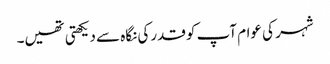
شہر کی عوام آپ کو قدرکی نگاہ سے دیکھتی تھیں۔